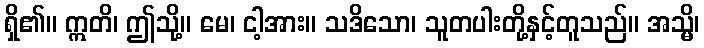
ရှိ၏။ ဣတိ၊ ဤသို့။ မေ၊ ငါ့အား။ သဒိသော၊ သူတပါးတို့နှင့်တူသည်။ အသ္မိ၊